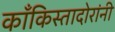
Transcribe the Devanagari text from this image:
काँकिस्तादोरांनी